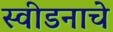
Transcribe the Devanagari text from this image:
स्वीडनाचे